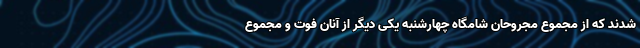
شدند که از مجموع مجروحان شامگاه چهارشنبه یکی دیگر از آنان فوت و مجموع